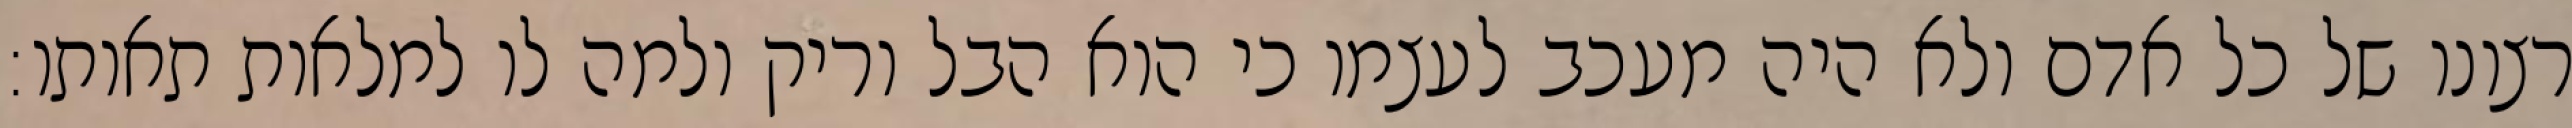
רצונו של כל אדם ולא היה מעכב לעצמו כי הוא הבל וריק ולמה לו למלאות תאותו: